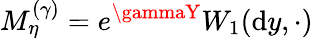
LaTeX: M_{\eta}^{(\gamma)}=e^{\gammaY}W_{1}(\mathrm{d}y,\cdot)